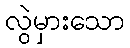
လွဲမှားသော